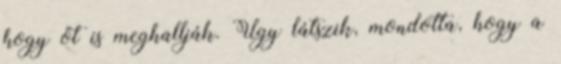
hogy őt is meghallják. Úgy látszik, mondotta, hogy a